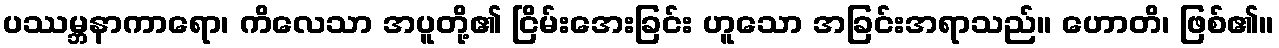
ပဿမ္ဘနာကာရော၊ ကိလေသာ အပူတို့၏ ငြိမ်းအေးခြင်း ဟူသော အခြင်းအရာသည်။ ဟောတိ၊ ဖြစ်၏။